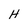
Character: H